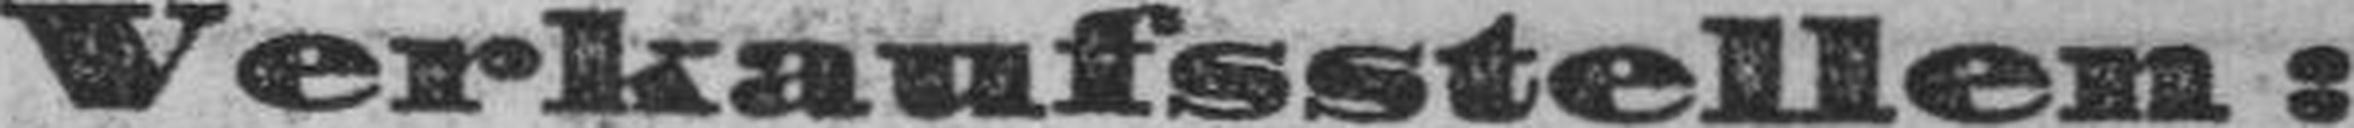
Verkaufsstellen: